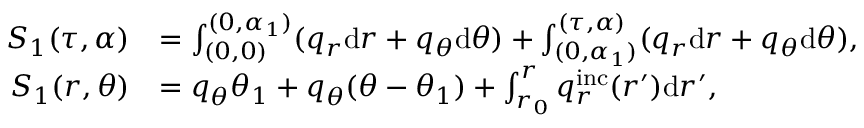
\begin{array} { r l } { S _ { 1 } ( \tau , \alpha ) } & { = \int _ { ( 0 , 0 ) } ^ { ( 0 , \alpha _ { 1 } ) } ( q _ { r } \mathrm { d } r + q _ { \theta } \mathrm { d } \theta ) + \int _ { ( 0 , \alpha _ { 1 } ) } ^ { ( \tau , \alpha ) } ( q _ { r } \mathrm { d } r + q _ { \theta } \mathrm { d } \theta ) , } \\ { S _ { 1 } ( r , \theta ) } & { = q _ { \theta } \theta _ { 1 } + q _ { \theta } ( \theta - \theta _ { 1 } ) + \int _ { r _ { 0 } } ^ { r } q _ { r } ^ { \mathrm { i n c } } ( r ^ { \prime } ) \mathrm { d } r ^ { \prime } , } \end{array}